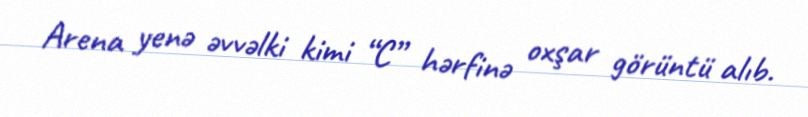
Arena yenə əvvəlki kimi “C” hərfinə oxşar görüntü alıb.